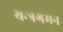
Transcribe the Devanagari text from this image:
यन्त्रगमन